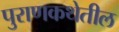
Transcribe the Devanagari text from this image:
पुराणकथेतील